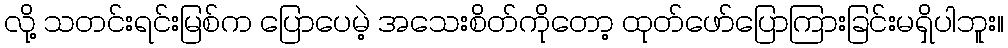
လို့ သတင်းရင်းမြစ်က ပြောပေမဲ့ အသေးစိတ်ကိုတော့ ထုတ်ဖော်ပြောကြားခြင်းမရှိပါဘူး။